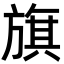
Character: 旗